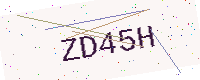
Text: ZD45H